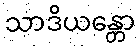
သာဒိယန္တော